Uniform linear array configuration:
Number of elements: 32
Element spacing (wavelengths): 1
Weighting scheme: kaiser
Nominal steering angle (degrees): -15
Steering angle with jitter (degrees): -13.973
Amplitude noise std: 0.05
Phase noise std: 0.05

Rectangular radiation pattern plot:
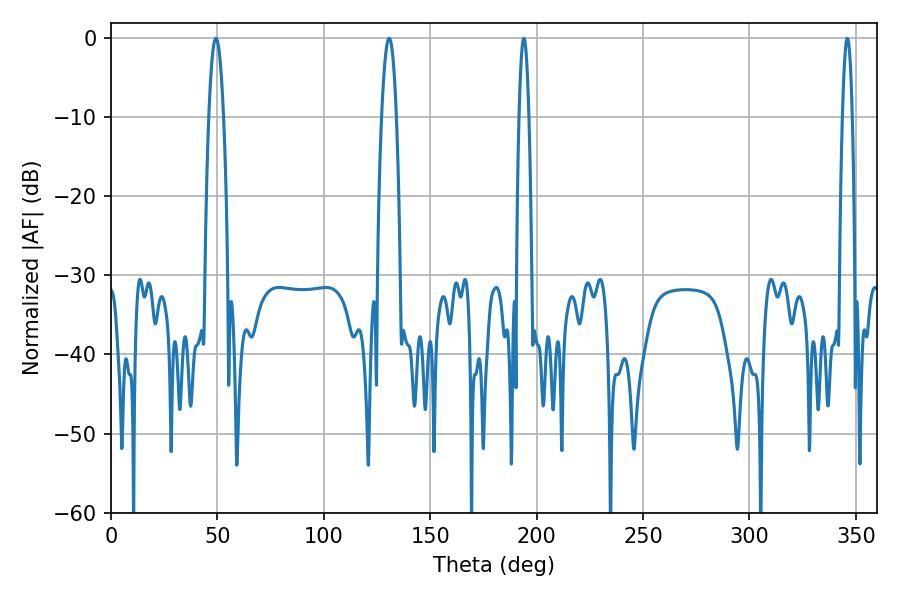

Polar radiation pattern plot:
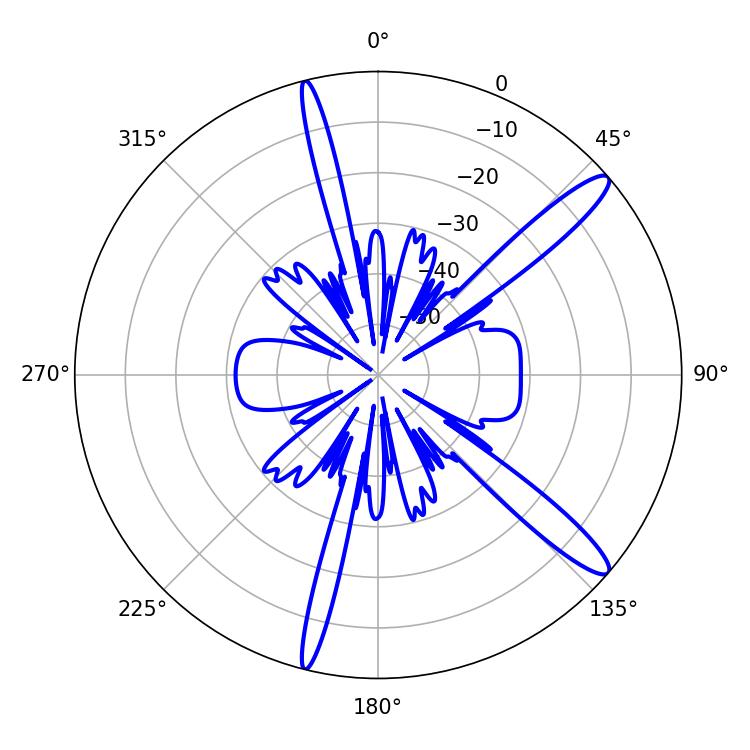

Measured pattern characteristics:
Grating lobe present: TRUE
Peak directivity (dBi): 13.654
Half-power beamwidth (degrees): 3.78
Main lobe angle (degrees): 130.68